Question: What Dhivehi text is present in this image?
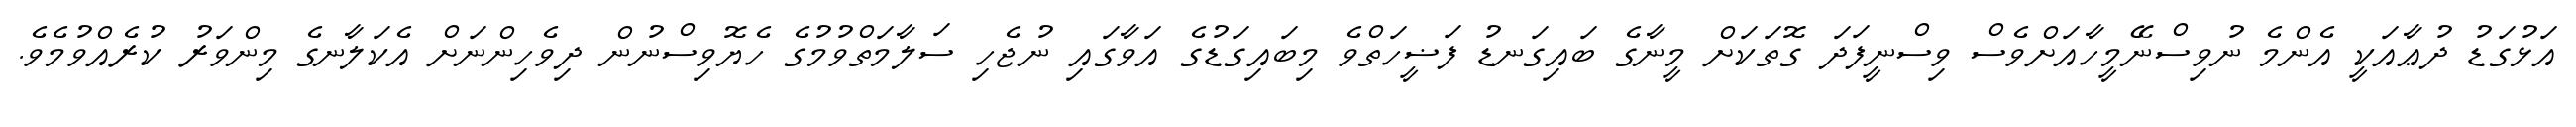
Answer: އަޅުގަޑު ދުޢާއަކީ އެންމެ ނުވިސްނޭމީހާއަށްވެސް ވިސްނީފަދަ ގޮތަކަށް މީނާގެ ބައިގަނޑު ފަޟީހަތްވެ މިބައިގަޑުގެ އަވާގައި ނުޖެހި ސަލާމަތްވުމުގެ ހެޔޮވިސްނުން ދިވެހިންނަށް އެކަލާނގެ މިންވަރު ކުރެއްވުމެވެ.